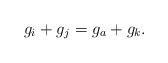
LaTeX: \begin{align*}g_i+g_j=g_a+g_k.\end{align*}